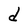
Character: d